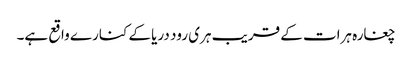
چغارہ ہرات کے قریب ہری رود دریا کے کنارے واقع ہے۔